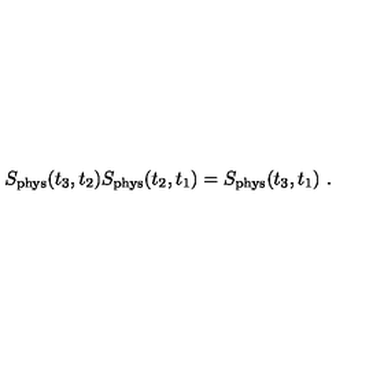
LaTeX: S _ { \mathrm { p h y s } } ( t _ { 3 } , t _ { 2 } ) S _ { \mathrm { p h y s } } ( t _ { 2 } , t _ { 1 } ) = S _ { \mathrm { p h y s } } ( t _ { 3 } , t _ { 1 } ) \ .